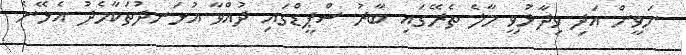
ނަވީން އަދި ވިދާޅުވީ މާލެ ތެރޭގައި ބާރު ސްޕީޑްގައި ދުއްވާ އުޅަނދުތަކާމެދު އެޅޭނެ